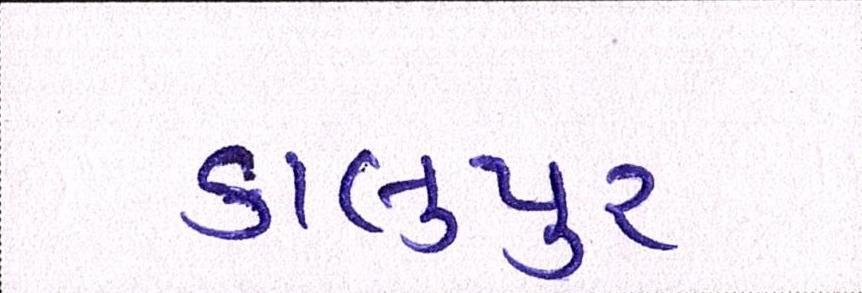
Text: કાલુપુર